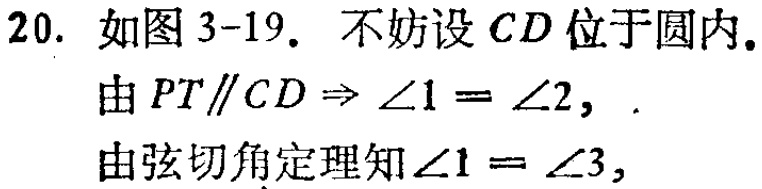
20. 如图3-19. 不妨设 \(CD\) 位于圆内.
由 \(PT\parallel CD\Rightarrow \angle1 = \angle2,\)
由弦切角定理知 \(\angle1 = \angle3,\)